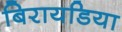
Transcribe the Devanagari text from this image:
बिरायडिया